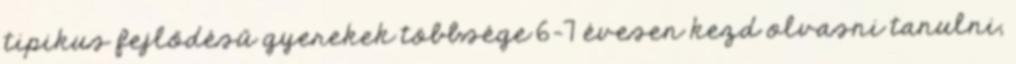
tipikus fejlődésű gyerekek többsége 6-7 évesen kezd olvasni tanulni,